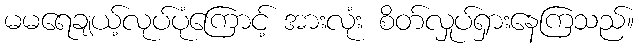
မမရေချယ့်လုပ်ပုံကြောင့် အားလုံး စိတ်လှုပ်ရှားနေကြသည်။